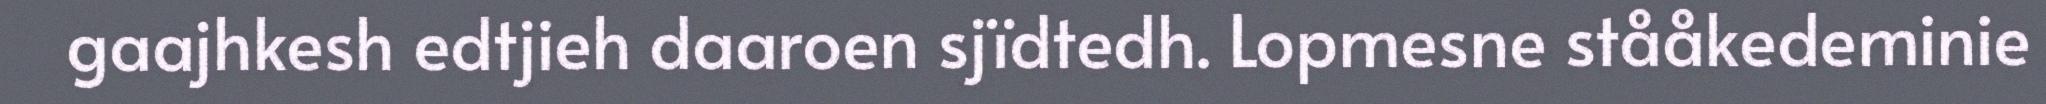
gaajhkesh edtjieh daaroen sjïdtedh. Lopmesne stååkedeminie